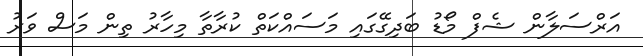
އަރްސަލާން ޝެފް މޯޑު ބަދިގޭގައި މަސައްކަތް ކުރާތާ މިހާރު ތިން މަސް ވަރު